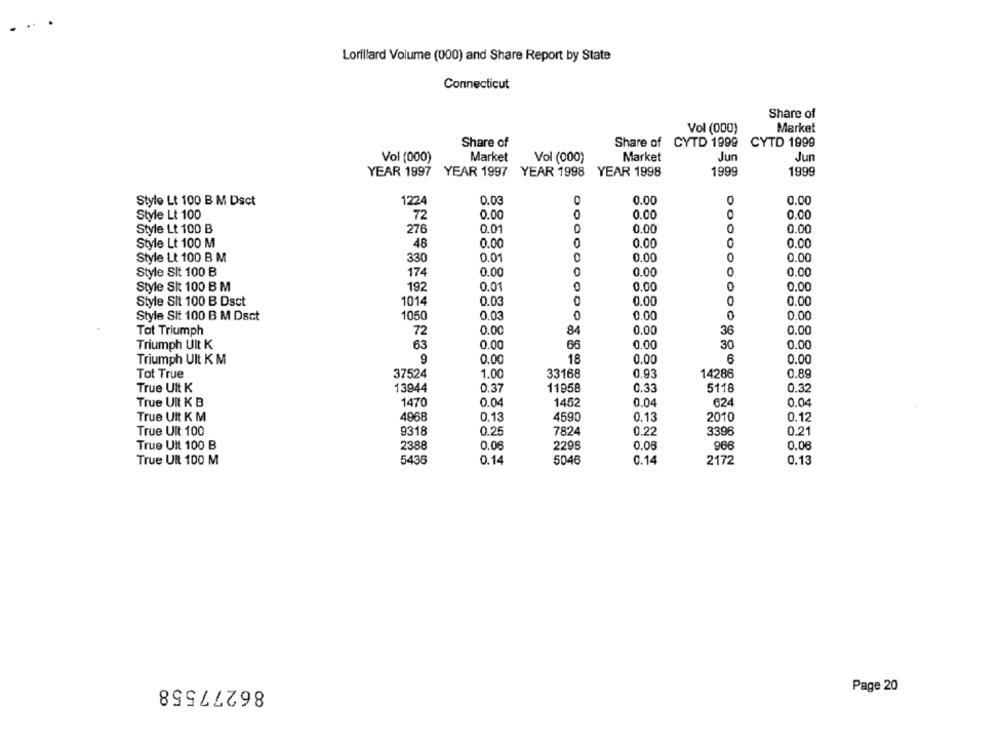
Lorillard Volume (000) and Share Report by State
Connecticut
Share of
Vol (000)
Market
Share of
Share of
Share of CYTD 1999
CYTD 1999
Vol (000)
Market
Vol (000)
Market
Jun
Jun
YEAR 1997 YEAR 1997
YEAR 1998
YEAR 1998
1999
1999
0.03
0.00
0
0.00
Style Lt 100 B M Dsct
1224
Style Lt 100
72
0.00
0.00
0.00
Style Lt 100 B
276
0.01
0.00
0
0.00
Style Lt 100 M
48
0.00
0.00
0.00
Style Lt 100 B M
330
0.01
0.00
0.00
Style Sit 100 B
174
0.00
0.00
0.00
Style Sit 100 B M
192
0.01
0
0.00
0
0.00
Style Sit 100 B Dsct
1014
0.03
0
0.00
0
0.00
Style Sit 100 B M Dsct
1050
0.03
0
0.00
0
0.00
Tot Triumph
72
0.00
84
0.00
36
0.00
Triumph UIt K
63
0.00
66
0.00
30
0.00
Triumph Ult KM
9
0.00
18
0.00
6
0.00
Tot True
37524
1.00
33168
0.93
14286
0.89
True UIt K
13944
0.37
11958
0.33
5118
0.32
True UIt K B
1470
0.04
1452
0.04
624
0.04
True UIt K M
4968
0.13
4590
0.13
2010
0.12
0.25
7824
0.22
3396
0.21
True Ult 100
9318
True Uit 100 B
2388
0.06
2298
0.08
966
0.06
True Ult 100 M
5436
0.14
5046
0.14
2172
0.13
86277558
Page 20